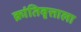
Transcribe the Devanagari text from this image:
क्रांतिवृत्ताला